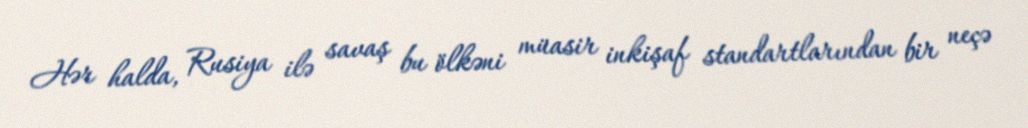
Hər halda, Rusiya ilə savaş bu ölkəni müasir inkişaf standartlarından bir neçə